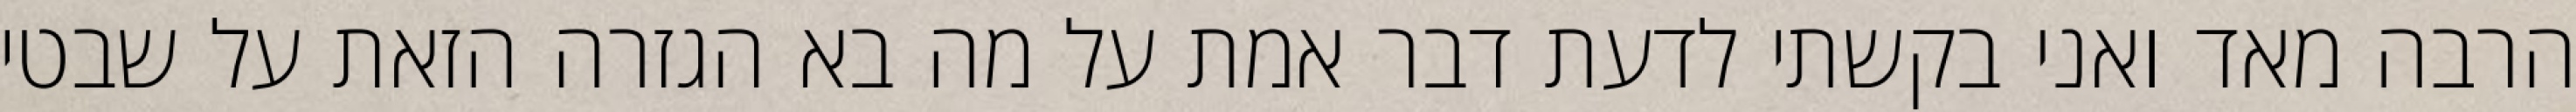
הרבה מאד ואני בקשתי לדעת דבר אמת על מה בא הגזרה הזאת על שבטי